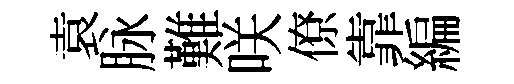
袁脉難咲僚靠編